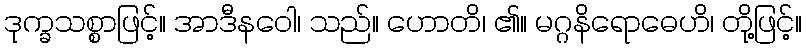
ဒုက္ခသစ္စာဖြင့်။ အာဒီနဝေါ၊ သည်။ ဟောတိ၊ ၏။ မဂ္ဂနိရောဓေဟိ၊ တို့ဖြင့်။